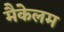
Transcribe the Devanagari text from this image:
मैकेलम